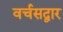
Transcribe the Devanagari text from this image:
वर्चसद्वार